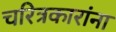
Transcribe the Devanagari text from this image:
चरित्रकारांना